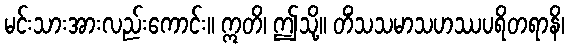
မင်းသားအားလည်းကောင်း။ ဣတိ၊ ဤသို့။ တိံသသမာသဟဿပရိတရာနိ၊